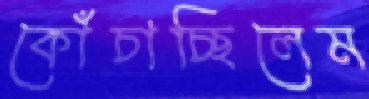
কোঁচাচ্ছিলেম